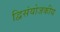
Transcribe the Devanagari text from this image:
द्विसंयोजकीय